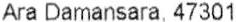
ARA DAMANSARA, 47301